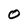
Character: O